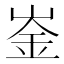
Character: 崟